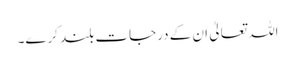
اللہ تعالیٰ ان کے درجات بلند کرے۔